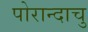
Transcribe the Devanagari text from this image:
पोरान्दाचु